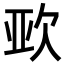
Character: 𭭈